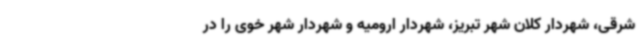
‌شرقی، شهردار کلان شهر تبریز، شهردار ارومیه و شهردار شهر خوی را در